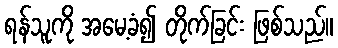
ရန်သူကို အမေ့ခံ၍ တိုက်ခြင်း ဖြစ်သည်။